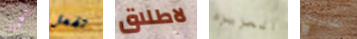
خطيرا تفعل لاطلاق العزيزه تشانينج